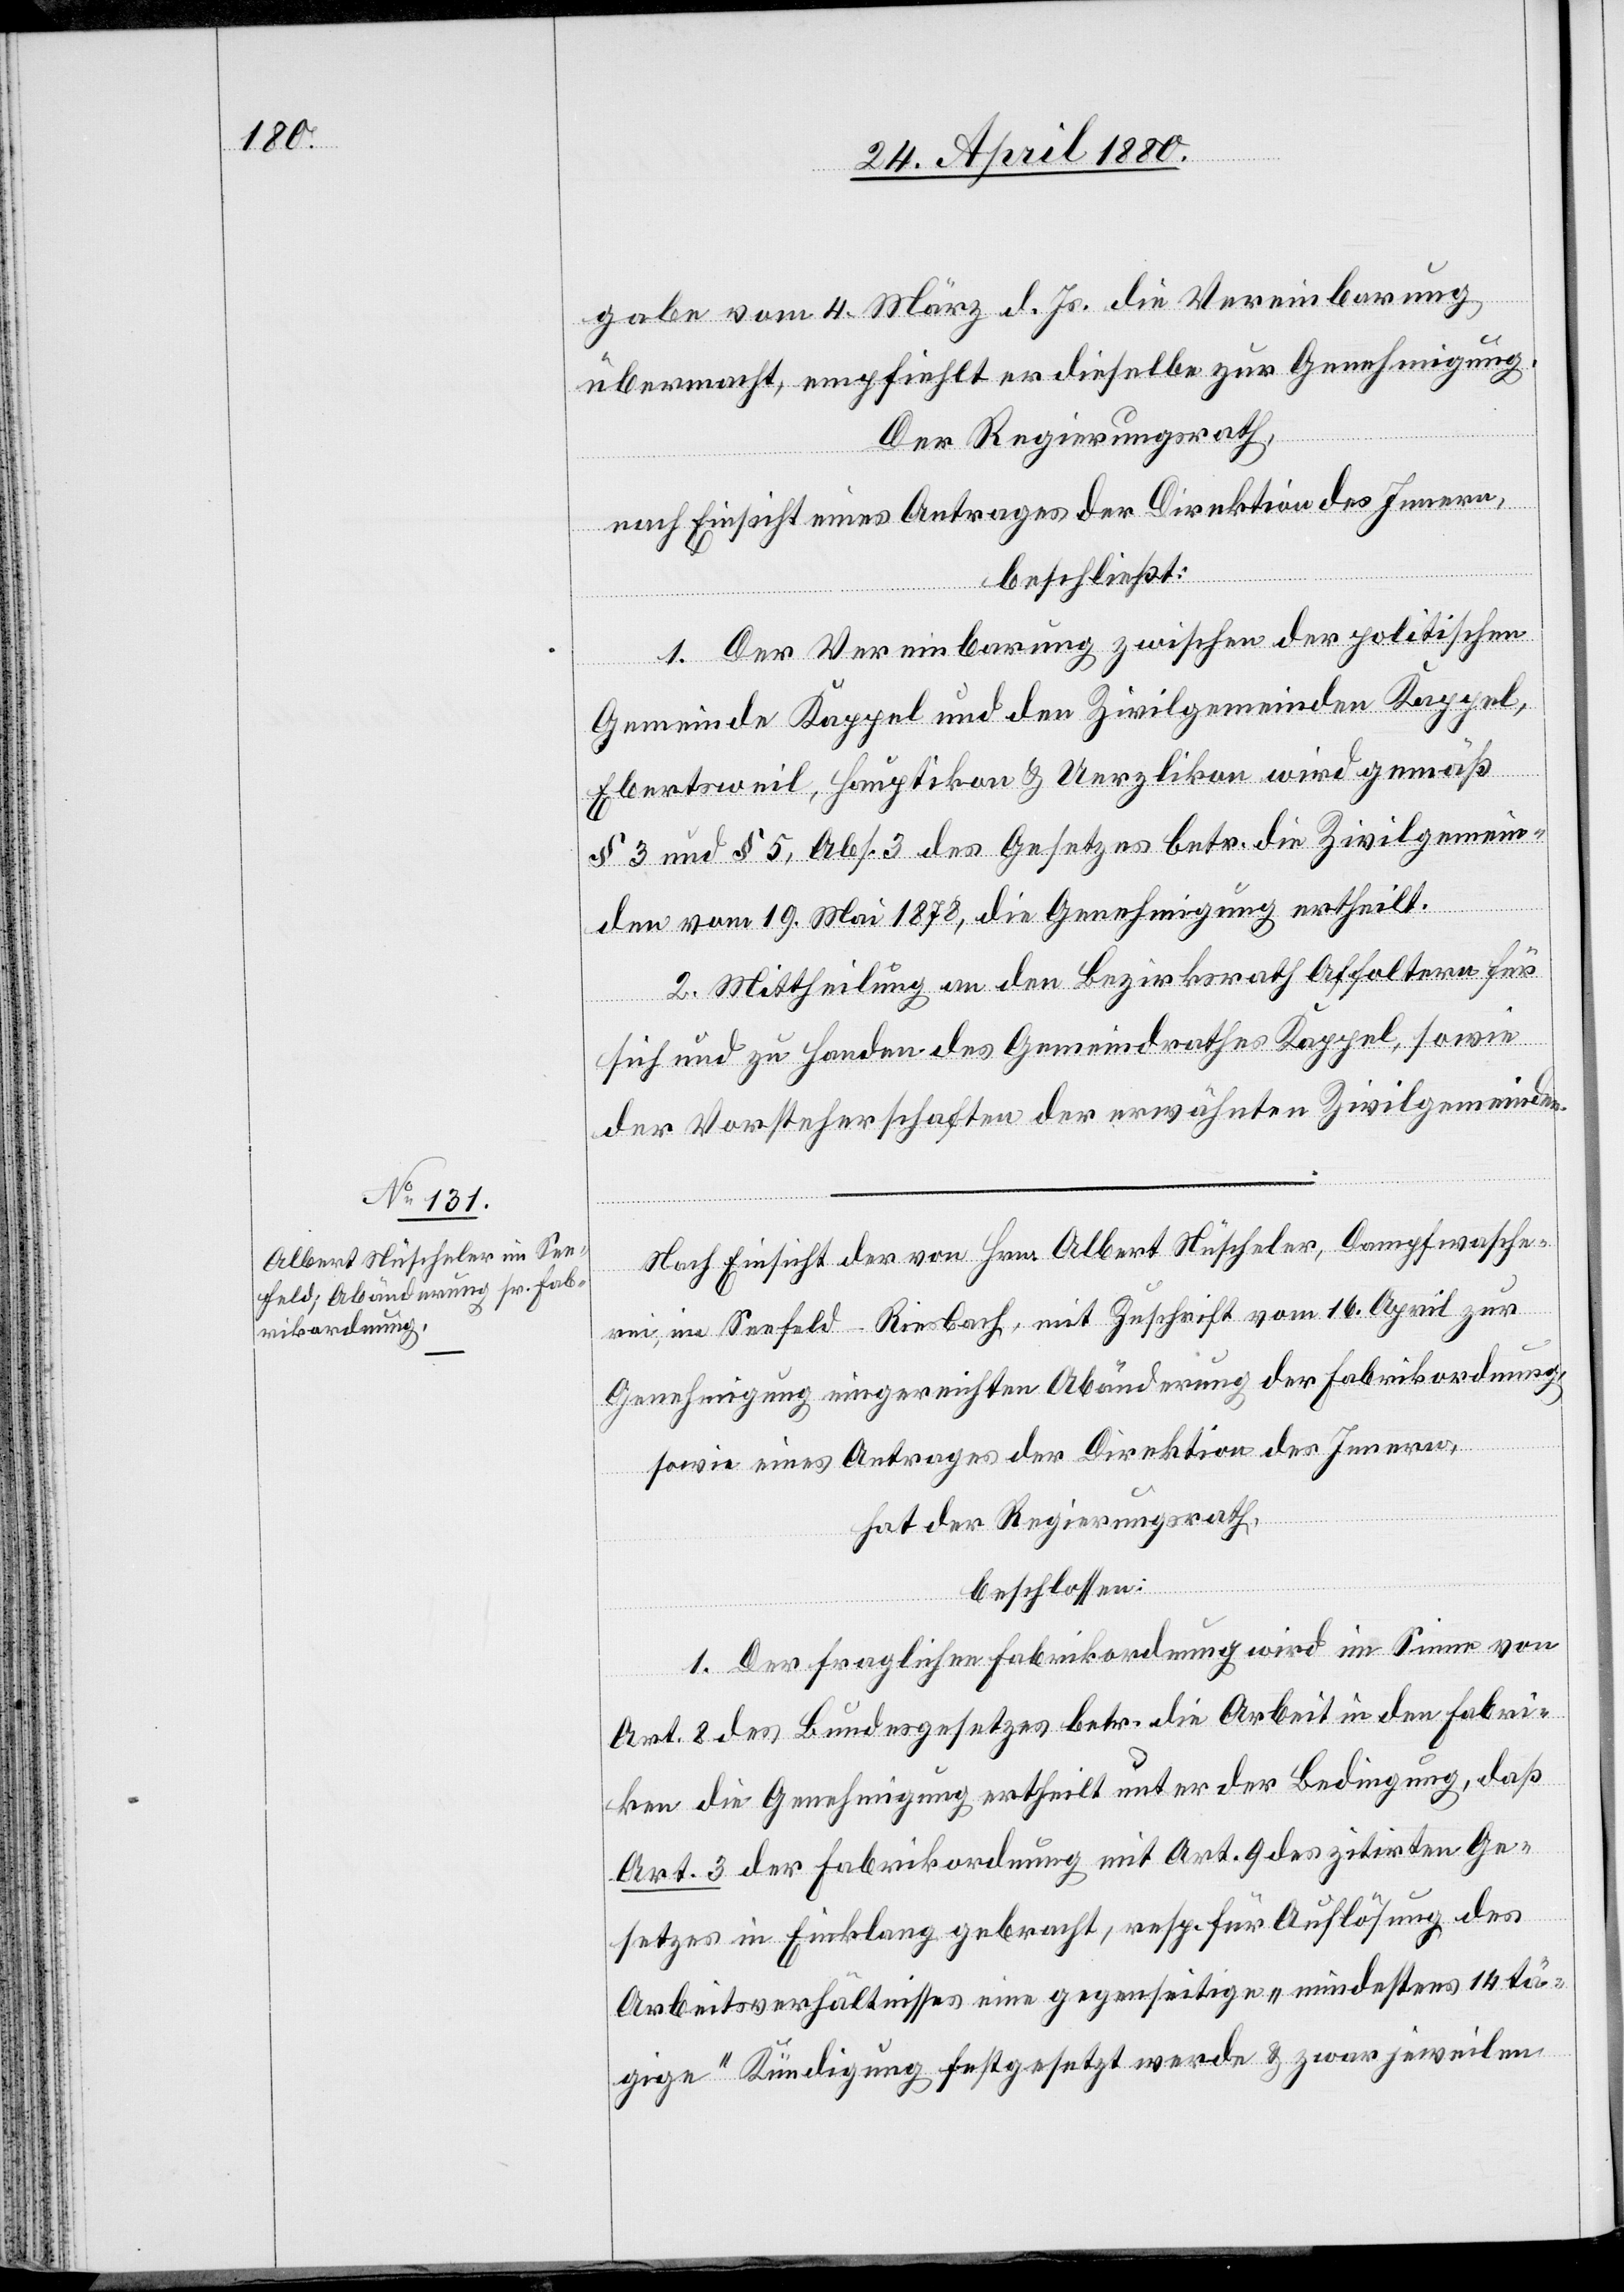
gabe vom 4. März d. Js. die Vereinbarung
übermacht, empfiehlt er dieselbe zur Genehmigung.
Der Regierungsrath,
nach Einsicht eines Antrages der Direktion des Innern,
beschließt:
1. Der Vereinbarung zwischen der politischen
Gemeinde Kappel und den Zivilgemeinden Kappel,
Ebertsweil, Hauptikon & Uerzlikon wird gemäß
§ 3 und § 5, Abs. 3 des Gesetzes betr. die Zivilgemein¬
den vom 19. Mai 1878, die Genehmigung ertheilt.
2. Mittheilung an den Bezirksrath Affoltern für
sich und zu Handen des Gemeindrathes Kappel, sowie
der Vorsteherschaft der erwähnten Zivilgemeinden.
Nach Einsicht der von Hrn. Albert Nüscheler, Dampfwasche¬
rei, im Seefeld - Riesbach, mit Zuschrift vom 16. April zur
Genehmigung eingereichten Abänderung der Fabrikordnung,
sowie eines Antrages der Direktion des Innern,
hat der Regierungsrath,
beschlossen:
1. Der fraglichen Fabrikordnung wird im Sinne von
Art. 8 des Bundesgesetzes betr. die Arbeit in den Fabri¬
ken die Genehmigung ertheilt unter der Bedingung, daß
Art. 3 der Fabrikordnung mit Art. 9 des zitirten Ge¬
setzes in Einklang gebracht, resp. für Auflösung des
Arbeitsverhältnisses eine gegenseitige „mindestens 14 tä¬
gige“ Kündigung festgesetzt werde & zwar jeweilen